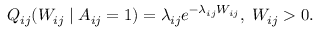
Q _ { i j } ( W _ { i j } \mid A _ { i j } = 1 ) = \lambda _ { i j } e ^ { - \lambda _ { i j } W _ { i j } } , \; W _ { i j } > 0 .